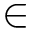
\in